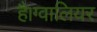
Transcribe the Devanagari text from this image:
है।ग्वालियर